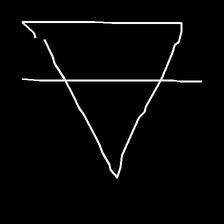
Glyph: empower